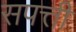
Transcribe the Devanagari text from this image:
सपत्ती